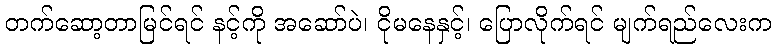
တက်ဆော့တာမြင်ရင် နင့်ကို အဆော်ပဲ၊ ငိုမနေနှင့်၊ ပြောလိုက်ရင် မျက်ရည်လေးက